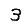
Digit: 3